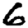
Digit: 6